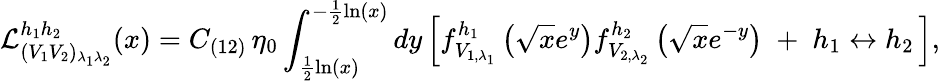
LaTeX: {\cal L}_{(V_{1}V_{2})_{\lambda_{1}\lambda_{2}}}^{h_{1}h_{2}}(x)=C_{(12)}\, \eta_{0}\int_{\frac{1}{2}\ln(x)}^{-\frac{1}{2}\ln(x)}dy\left[f_{V_{1,\lambda_{1}}}^{h_{1}}\left(\sqrt{x}e^{y}\right)f_{V_{2,\lambda_{2}}}^{h_{2}}\left(\sqrt{x}e^{-y}\right)\; +\; h_{1}\leftrightarrow h_{2}\, \right],